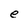
Character: e